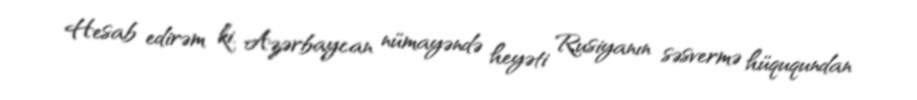
Hesab edirəm ki, Azərbaycan nümayəndə heyəti Rusiyanın səsvermə hüququndan